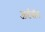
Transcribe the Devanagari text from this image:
आर्टवॉल